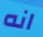
انه